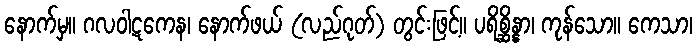
နောက်မှ။ ဂလဝါဋကေန၊ နောက်ဖယ် (လည်ဂုတ်) တွင်းဖြင့်။ ပရိစ္ဆိန္နာ၊ ကုန်သော။ ကေသာ၊